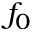
f _ { 0 }